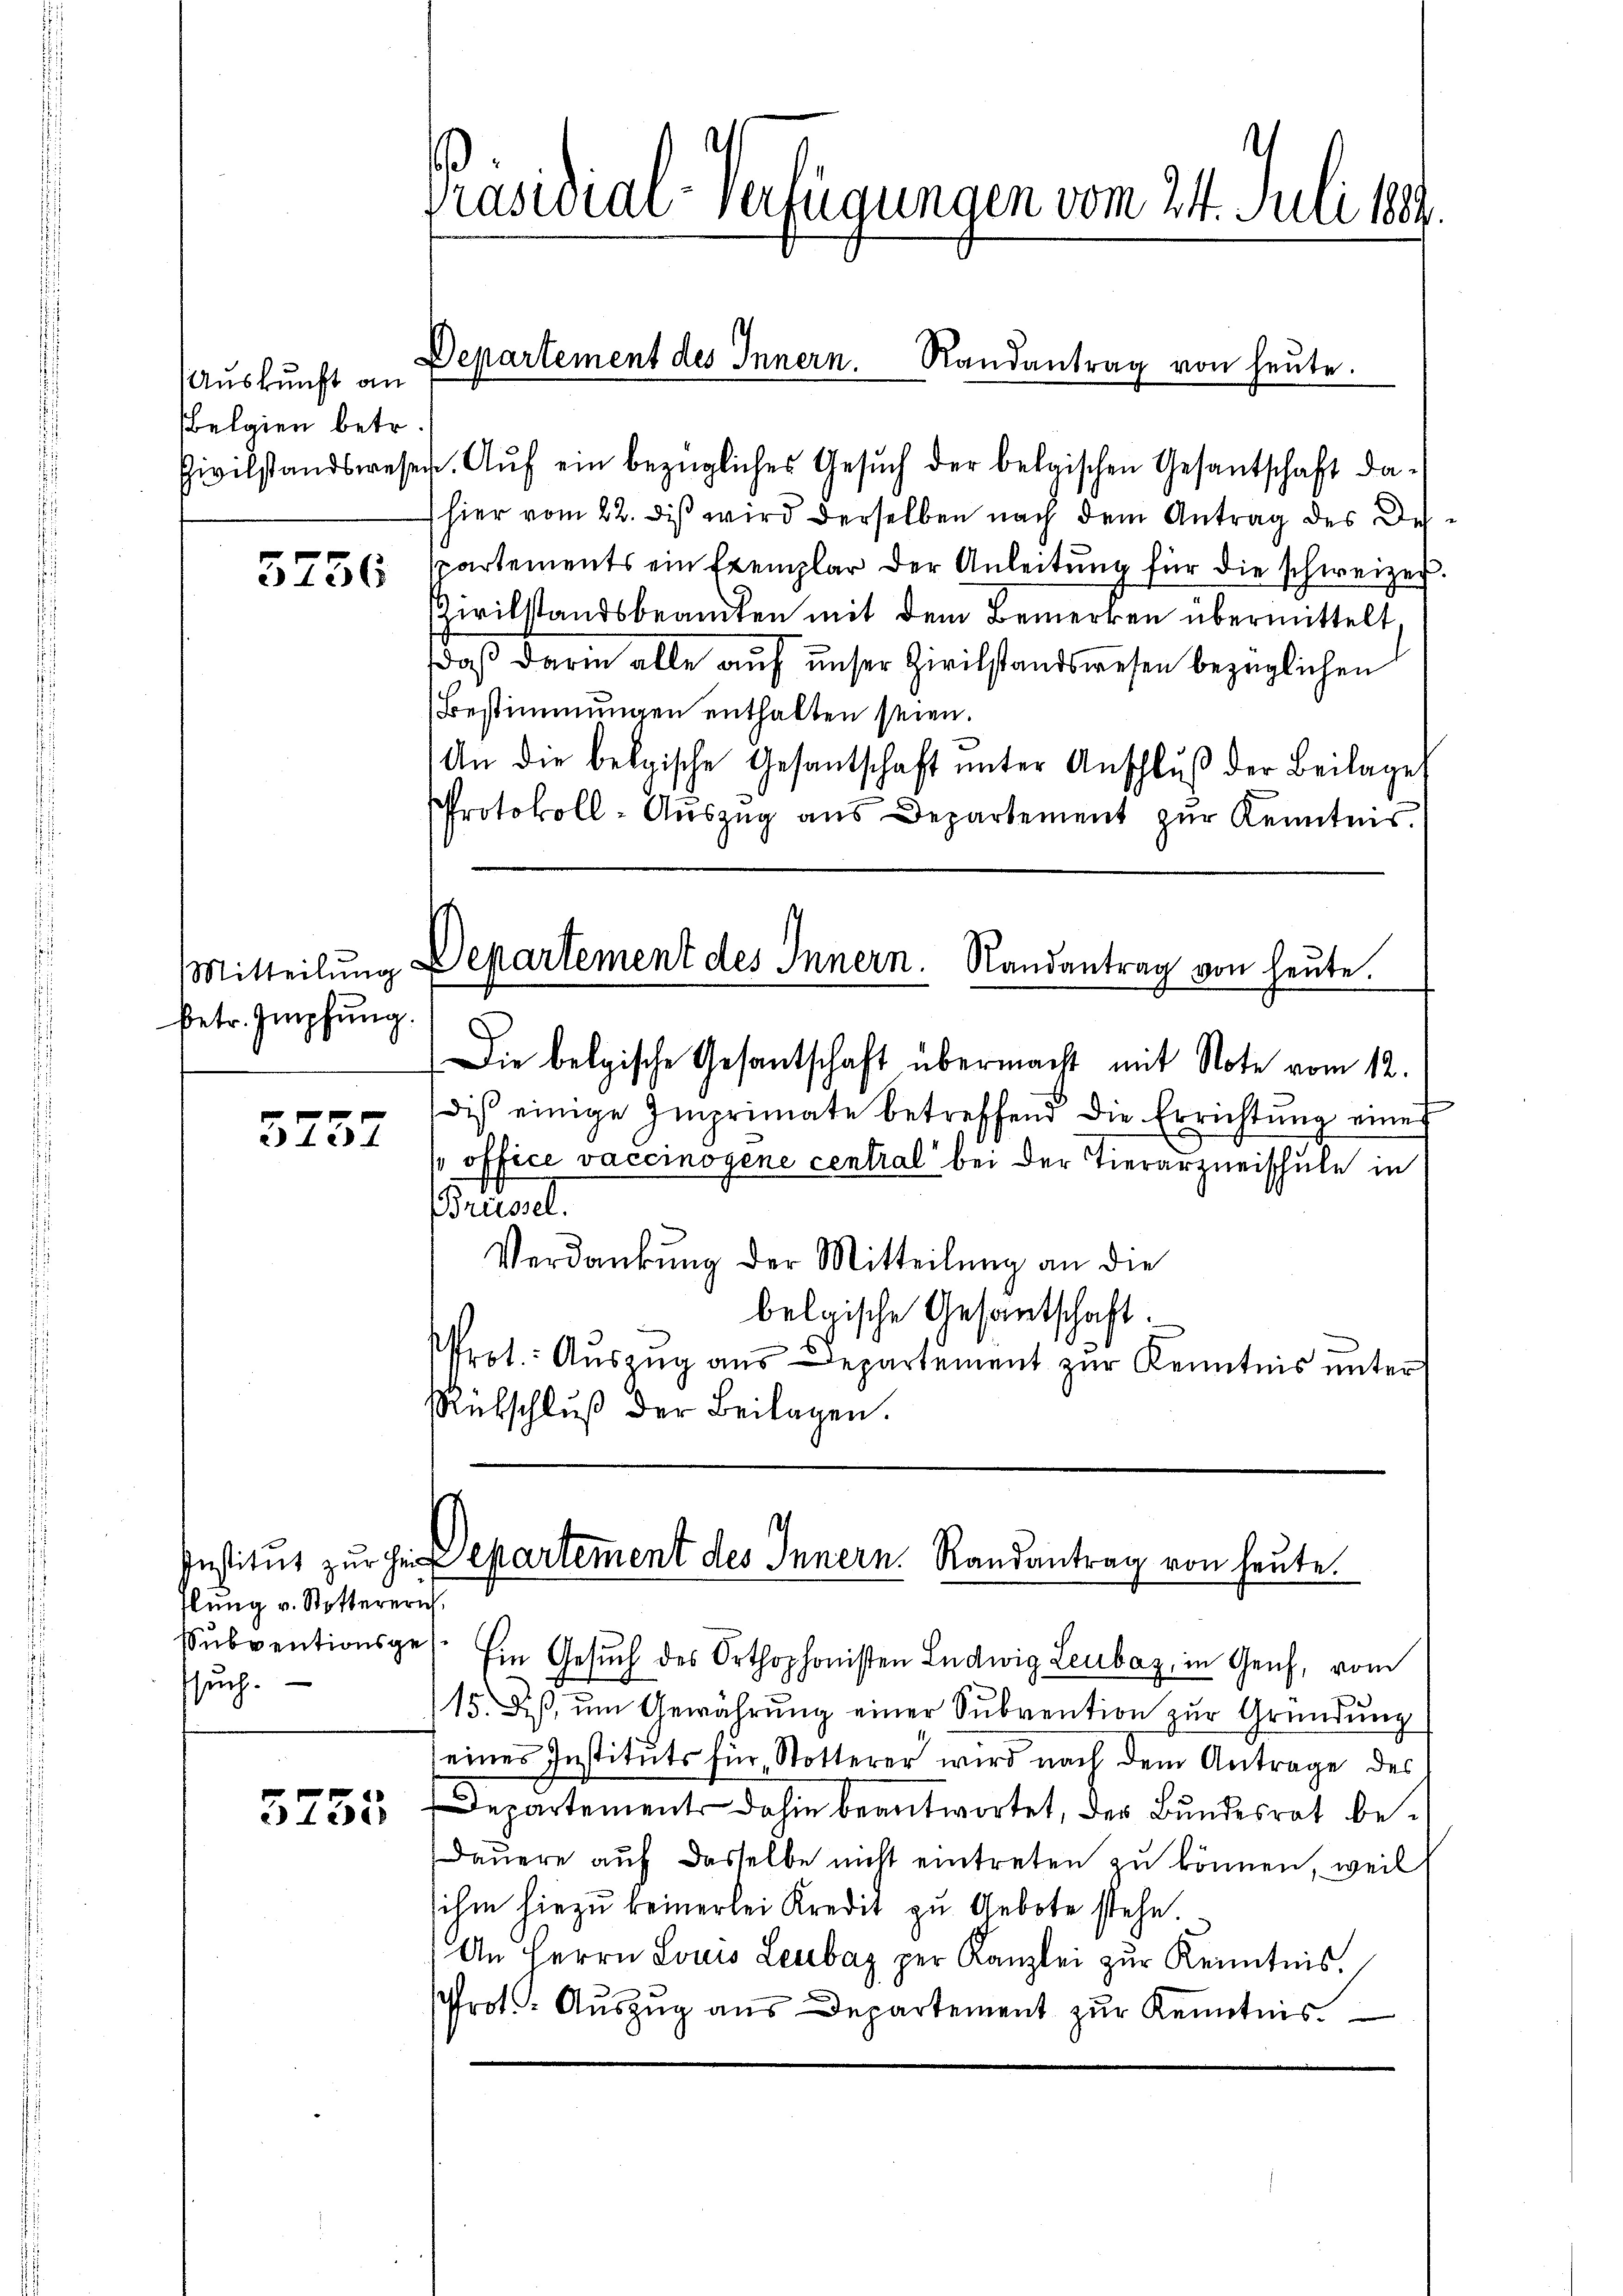
s
Prasuide Verfügungen vom 24. Juli 1889

Departement des Innern. Randantrag von heŭte.

Zivilstandswesen. Aŭf ein bezügliches Gesŭch der belgischen Gesantschaft da-
hier vom 22. diβ wird derselben nach dem Antrag des Despartements ein Exemplar der Anleitŭng für die schweizer.
Civilstandsbeamten mit dem Bemerken übermittelt.
daß darin alle auf unser Zivilstandswesen bezüglichen
Bestimmungen enthalten seien.
An die belgische Gesantschaft ŭnter Anschlŭβ der Beilage
Protokoll-Aŭszŭg ans Departement zŭr Kenntnis.

Auskunft an
belgien betr.

5756

Mitteilŭng Departement des Innern. Randantrag von heute.

betr. Impfung.

Die belgische Gesantschaft übermacht mit Note vom 12.
dis einige Imprimate betreffend die Errichtŭng eine
s offici vaccinogene central“ bei der Tierarzneischule in
Brüssel.
Verdankŭng der Mitteilung an die
belgische Gesandtschaft.
Prot.: Aŭszŭg ans Departement zŭr Kenntnis unter
Rütschlŭβ der Beilagen.

3257

Institut zur Herr Departement des Innern. Randantrag von heute.

flung v. Stottererich,
such.

Sŭbventionsges. Ein Gesŭch des Orthophonisten Ludwig Leubaz, in Genf, vom
15. Dis, um Gewährung einer Subvention zur Gründung
seines Instituts für Notterer wird nach dem Antrage des
Departement dahin beantwortet, der Bundesrat be¬
Dauere auf dasselbe nicht eintreten zu können, weil
sihm hiezu keinerlei Kredit zu Gebote stehe.
An Herrn Louis Leubaz per Kanzlei zur Kenntnis.
Prot. Aŭszŭg aŭs Departement zŭr Kenntnis.

3255